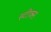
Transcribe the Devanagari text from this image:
स्टीक्स